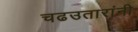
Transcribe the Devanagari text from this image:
चढउतारांनी